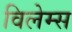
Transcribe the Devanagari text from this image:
विलेम्स